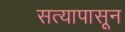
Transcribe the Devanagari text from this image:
सत्यापासून